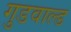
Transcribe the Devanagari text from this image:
गुडवाल्ड